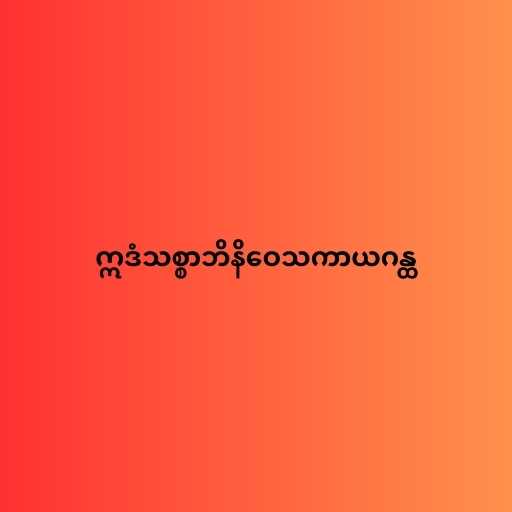
ဣဒံသစ္စာဘိနိဝေသကာယဂန္ထ